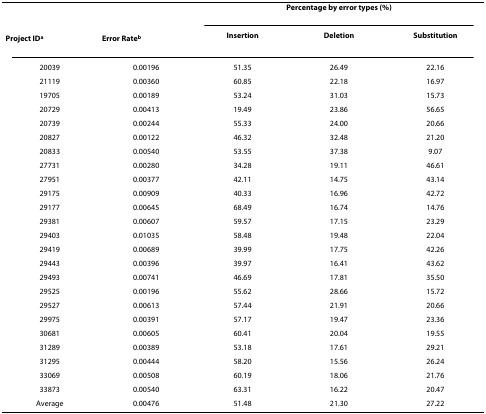
<table><thead><tr><td></td><td></td><td colspan="3"><b>Percentage by error types (%)</b></td></tr><tr><td><b>Project ID<sup>a</sup></b></td><td><b>Error Rate<sup>b</sup></b></td><td><b>Insertion</b></td><td><b>Deletion</b></td><td><b>Substitution</b></td></tr></thead><tbody><tr><td>20039</td><td>0.00196</td><td>51.35</td><td>26.49</td><td>22.16</td></tr><tr><td>21119</td><td>0.00360</td><td>60.85</td><td>22.18</td><td>16.97</td></tr><tr><td>19705</td><td>0.00189</td><td>53.24</td><td>31.03</td><td>15.73</td></tr><tr><td>20729</td><td>0.00413</td><td>19.49</td><td>23.86</td><td>56.65</td></tr><tr><td>20739</td><td>0.00244</td><td>55.33</td><td>24.00</td><td>20.66</td></tr><tr><td>20827</td><td>0.00122</td><td>46.32</td><td>32.48</td><td>21.20</td></tr><tr><td>20833</td><td>0.00540</td><td>53.55</td><td>37.38</td><td>9.07</td></tr><tr><td>27731</td><td>0.00280</td><td>34.28</td><td>19.11</td><td>46.61</td></tr><tr><td>27951</td><td>0.00377</td><td>42.11</td><td>14.75</td><td>43.14</td></tr><tr><td>29175</td><td>0.00909</td><td>40.33</td><td>16.96</td><td>42.72</td></tr><tr><td>29177</td><td>0.00645</td><td>68.49</td><td>16.74</td><td>14.76</td></tr><tr><td>29381</td><td>0.00607</td><td>59.57</td><td>17.15</td><td>23.29</td></tr><tr><td>29403</td><td>0.01035</td><td>58.48</td><td>19.48</td><td>22.04</td></tr><tr><td>29419</td><td>0.00689</td><td>39.99</td><td>17.75</td><td>42.26</td></tr><tr><td>29443</td><td>0.00396</td><td>39.97</td><td>16.41</td><td>43.62</td></tr><tr><td>29493</td><td>0.00741</td><td>46.69</td><td>17.81</td><td>35.50</td></tr><tr><td>29525</td><td>0.00196</td><td>55.62</td><td>28.66</td><td>15.72</td></tr><tr><td>29527</td><td>0.00613</td><td>57.44</td><td>21.91</td><td>20.66</td></tr><tr><td>29975</td><td>0.00391</td><td>57.17</td><td>19.47</td><td>23.36</td></tr><tr><td>30681</td><td>0.00605</td><td>60.41</td><td>20.04</td><td>19.55</td></tr><tr><td>31289</td><td>0.00389</td><td>53.18</td><td>17.61</td><td>29.21</td></tr><tr><td>31295</td><td>0.00444</td><td>58.20</td><td>15.56</td><td>26.24</td></tr><tr><td>33069</td><td>0.00508</td><td>60.19</td><td>18.06</td><td>21.76</td></tr><tr><td>33873</td><td>0.00540</td><td>63.31</td><td>16.22</td><td>20.47</td></tr><tr><td>Average</td><td>0.00476</td><td>51.48</td><td>21.30</td><td>27.22</td></tr></tbody></table>